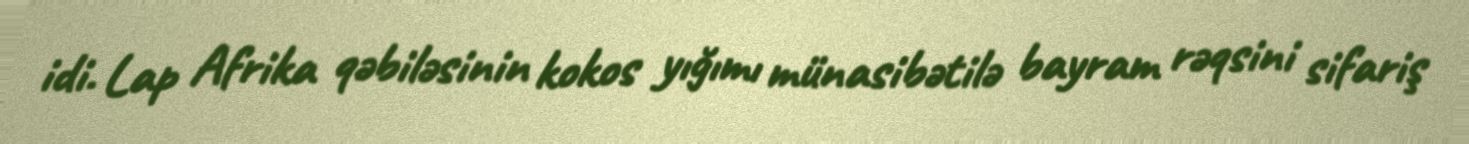
idi. Lap Afrika qəbiləsinin kokos yığımı münasibətilə bayram rəqsini sifariş